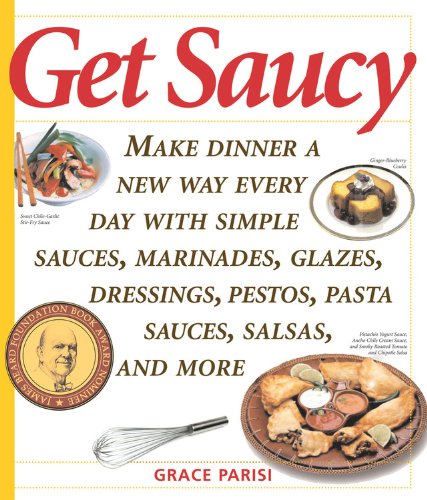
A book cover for Get Saucy: Make Dinner A New Way Every Day With Simple Sauces, Marinades, Dressings, Glazes, Pestos, Pasta Sauc (Non); Grace Parisi; Cookbooks, Food & Wine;